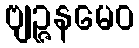
ဗျဉ္ဇနမေဝ